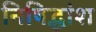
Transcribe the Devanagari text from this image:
निषिद्धांश